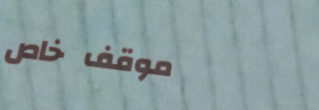
موقف خاص